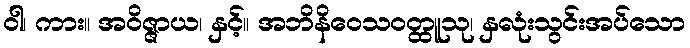
ဝါ၊ ကား။ အဝိဇ္ဇာယ၊ နှင့်။ အဘိနိဝေသဝတ္ထူသု၊ နှလုံးသွင်းအပ်သော